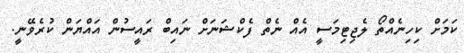
ކަމަށް ކިހިނެއްތޯ ލެޖިޓިމަސީ އެއް ނެތް ފެކްޝަނަށް ނައިބް ރައީސުން އައްޔަން ކުރެވޭނީ.